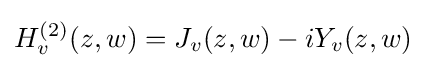
H_{v}^{(2)}(z,w)=J_{v}(z,w)-iY_{v}(z,w)